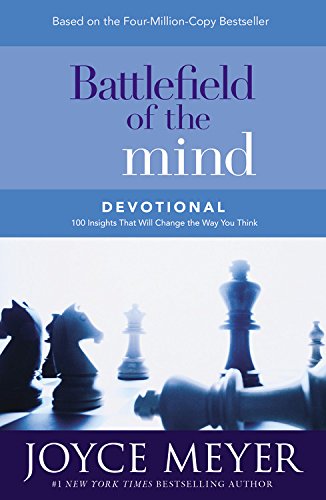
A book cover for Battlefield of the Mind Devotional: 100 Insights That Will Change the Way You Think; Joyce Meyer; Christian Books & Bibles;